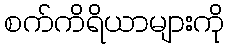
စက်ကိရိယာများကို